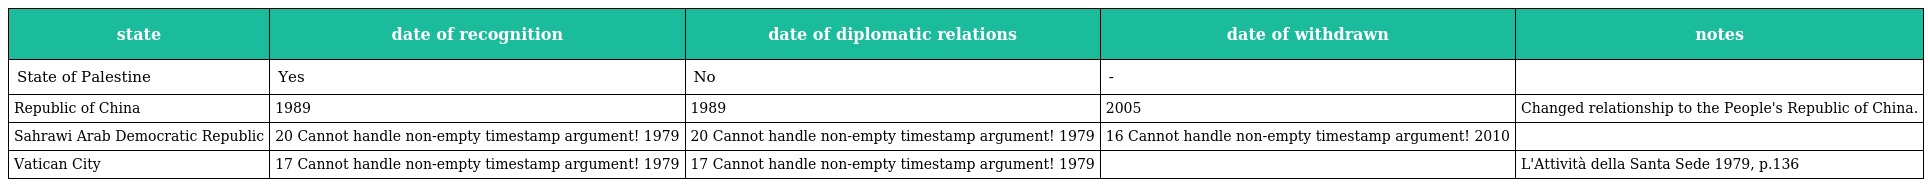
| state | date of recognition | date of diplomatic relations | date of withdrawn | notes |
 | --- | --- | --- | --- | --- |
 | State of Palestine | Yes | No | - |  |
 | Republic of China | 1989 | 1989 | 2005 | Changed relationship to the People's Republic of China. |
 | Sahrawi Arab Democratic Republic | 20 Cannot handle non-empty timestamp argument! 1979 | 20 Cannot handle non-empty timestamp argument! 1979 | 16 Cannot handle non-empty timestamp argument! 2010 |  |
 | Vatican City | 17 Cannot handle non-empty timestamp argument! 1979 | 17 Cannot handle non-empty timestamp argument! 1979 |  | L'Attività della Santa Sede 1979, p.136 |